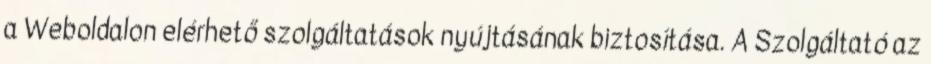
a Weboldalon elérhető szolgáltatások nyújtásának biztosítása. A Szolgáltató az